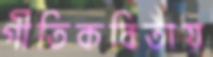
গীতিকবিতায়